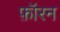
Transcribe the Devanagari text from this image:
फ़ॉरन